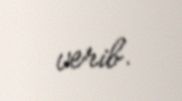
verib.